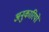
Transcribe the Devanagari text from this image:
अनुकारियों